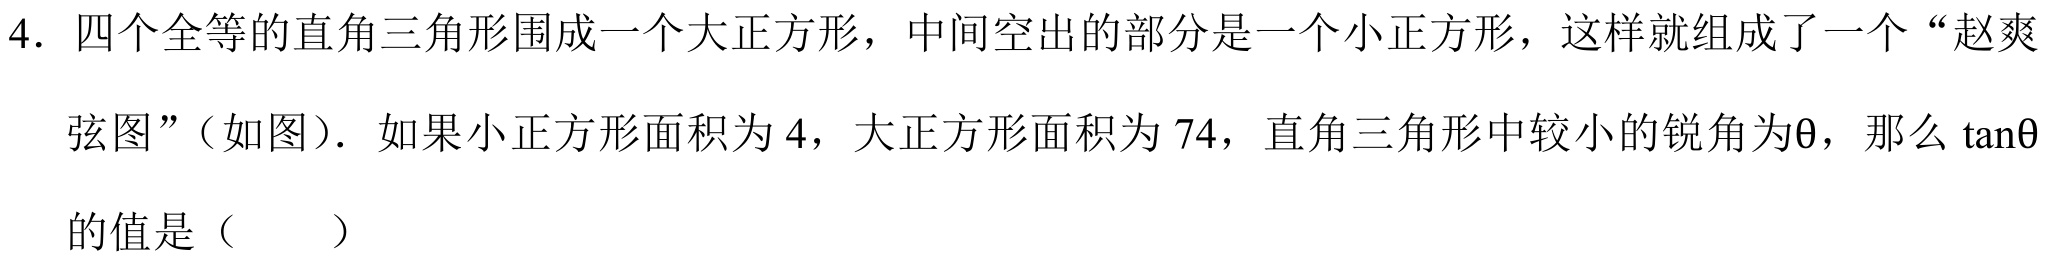
4. 四个全等的直角三角形围成一个大正方形，中间空出的部分是一个小正方形，这样就组成了一个 “赵爽
弦图”（如图）．如果小正方形面积为 4，大正方形面积为 74，直角三角形中较小的锐角为\(\theta\)，那么 \(\tan\theta\)
的值是（  ）